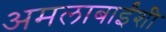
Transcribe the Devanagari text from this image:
अमलाबाईंशी